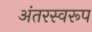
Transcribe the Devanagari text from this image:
अंतरस्वरूप